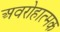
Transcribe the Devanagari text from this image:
अवरोहात्मक